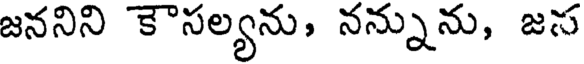
జననిని కౌసల్యను, నన్నును, జస